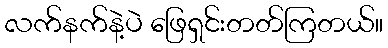
လက်နက်နဲ့ပဲ ဖြေရှင်းတတ်ကြတယ်။